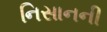
નિસાનની